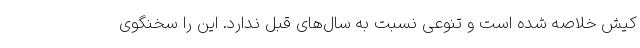
کیش خلاصه شده است و تنوعی نسبت به سال‌های قبل ندارد. این را سخنگوی